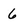
Character: 6